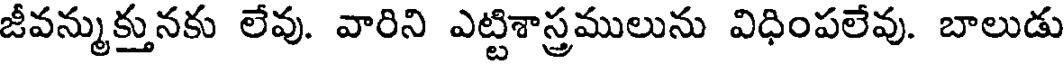
జీవన్ముక్తునకు లేవు. వారిని ఎట్టిశాస్త్రములును విధింపలేవు. బాలుడు